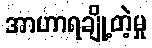
အာဟာရချို့တဲ့မှု